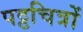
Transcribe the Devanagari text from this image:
पट्टचित्रों